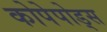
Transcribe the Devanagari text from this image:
कोपेपोड्स